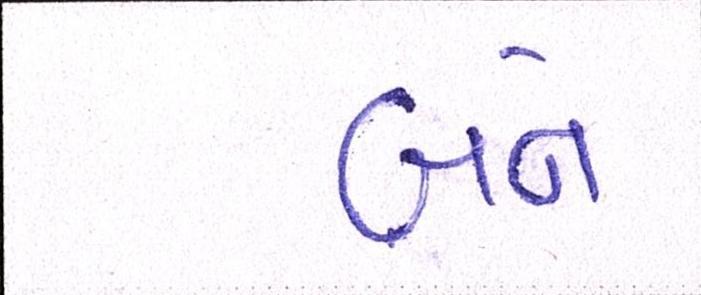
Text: બર્ન